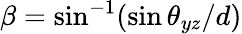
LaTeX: \beta=\sin^{-1}(\sin\theta_{yz}/d)